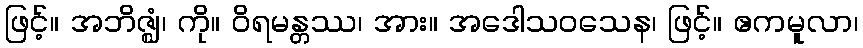
ဖြင့်။ အဘိဇ္ဈံ၊ ကို။ ဝိရမန္တဿ၊ အား။ အဒေါသဝသေန၊ ဖြင့်။ ဧကမူလာ၊